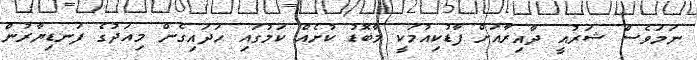
ނަމަވެސް ޝަރުއީ ދާއިރާއަށް ފާޑުކިއުމަކީ މާބޮޑު ކުށެއް ކަމުގައި ހަދައިގެން މިއަދުގެ ފަނޑިޔާރުން